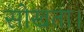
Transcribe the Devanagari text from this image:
सोखता।